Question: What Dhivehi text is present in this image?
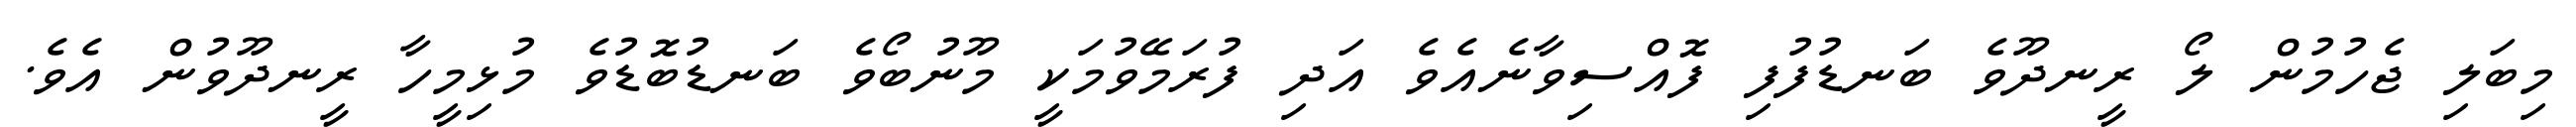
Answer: މިބަލި ޖެހުމުން ލޯ ރީނދޫވެ ބަނޑުފުފި ފޮއްސިވާނެއެވެ އަދި ފުރަމޭވުމަކީ މޫނުބޯވެ ބަނޑުބޮޑުވެ މުޅިމީހާ ރީނދޫވުން އެވެ.